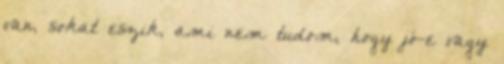
van, sokat eszik, ami nem tudom, hogy jó-e vagy